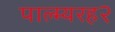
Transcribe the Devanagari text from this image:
पाल्म्यरह२